Veterinary [1909] -
Year: 1909
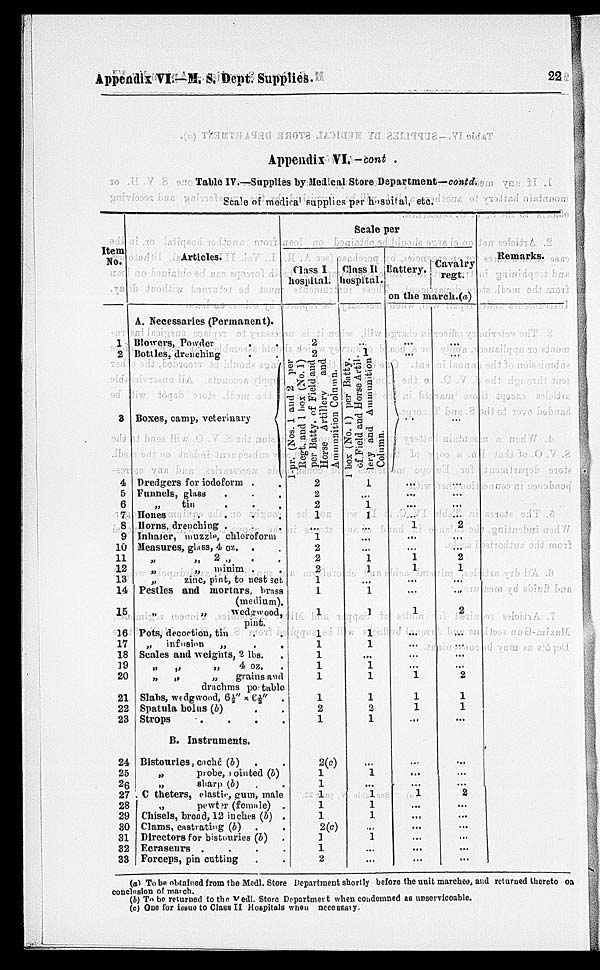
Appendix VI.—M. S. Dept. Supplies.
22
Appendix VI. — cont.
Table IV.—Supplies by Medical Store Department—contd.
Scale of medical supplies per hospital, etc.
Item
No.
1
2
3
4
5
6
7
8
9
10
11
12
13
14
15
16
17
18
19
20
21
22
28
24
25
26
27
28
29
30
31
32
33
Articles.
A. Necessaries (Permanent).
Blowers, Powder
.
.
Dottles, drenching . .
Boxes, camp, veterinary
Dredgers for iodoform . .
Funnels, glass . . .
„
tin . . .
Houes
.
. . .
Horns, drenching . . .
Inhaler, muzzle, chloroform
Measures, glass, 4 oz. . .
„
„
2 „
. .
„
„
minim . .
„
zinc, pint, to nest set.
Pestles and mortars, brass
(medium).
„
„
wedgwood,
pint.
Pots, decoction, tin . .
„
infusion
„ . .
Scales and weights, 2 lbs. .
„
„
„
4 oz.
„
„
„
grains and
drachms po table
Slabs, wedgwood, 6 ½" x 6½" .
Spatula bolus (b)
Strops
. . . .
B. Instruments.
Bistouries, cuché (b) . .
„
probe, i ointed (b)
„
sharp (b) .
C theters, elastic, gum, male
„
pewter (female) .
Chisels, brood, 12 inches (b) .
Clams, castrating (b) . .
Directors for bistouries (b)
Ecraseurs . . . .
Forceps, pin catting . .
Scale per
Class I
hospital
2
2
1-pr.
(Nos. 1 and 2 per
Regt.
and 1 box (No. 1)
per Batty. of Field and
Horse Artillery
and
Ammunition Column.
2
2
2
1
...
1
2
2
2
1
1
1
1
1
1
1
1
1
2
1
2(c)
1
1
1
1
1
2(c)
1
1
2
Class II
hospital.
...
1
1 box (No. 1) per Batty.
of Field and Horse Artil
lery and Ammunition
Column.
1
...
1
1
...
...
...
1
1
...
1
1
1
1
...
1
1
1
2
1
...
1
...
1
1
1
...
1
...
...
Battery.
Cavalry
regt.
on the march.(a)
...
...
...
...
...
1
...
...
1 1
...
...
1
...
...
...
...
1
1
1
...
...
...
1
...
...
...
...
...
...
...
...
...
...
...
2
...
...
2
1
...
...
2
...
...
...
...
2
1
1
...
...
...
2
...
...
...
...
...
...
Remarks.
(a) To be obtained from the Medl. Store Department shortly before the unit marchos, and returned thoreto on
conclusion of march.
(b) To be returned to the Medl. Store Department when condemned as unserviceable.
(c) One for issue to Class II Hospitals when necessary